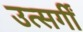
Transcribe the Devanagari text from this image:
उत्सर्गीं